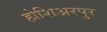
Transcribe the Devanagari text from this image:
होशिअरपुर